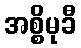
အစ္စိမုခီ